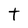
Character: t